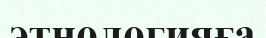
этнологияға